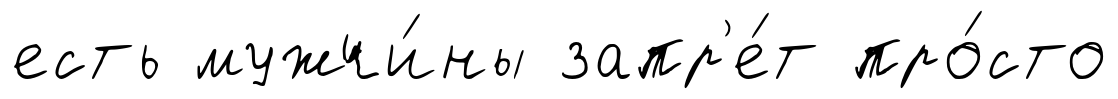
есть мужчи́ны запр'е́т про́сто